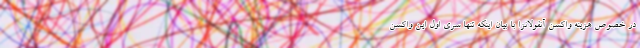
در خصوص هزینه واکسن آنفولانزا با بیان اینکه تنها سری اول این واکسن